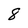
Character: 8